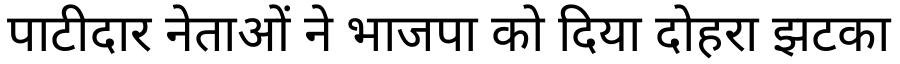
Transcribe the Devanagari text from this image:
पाटीदार नेताओं ने भाजपा को दिया दोहरा झटका